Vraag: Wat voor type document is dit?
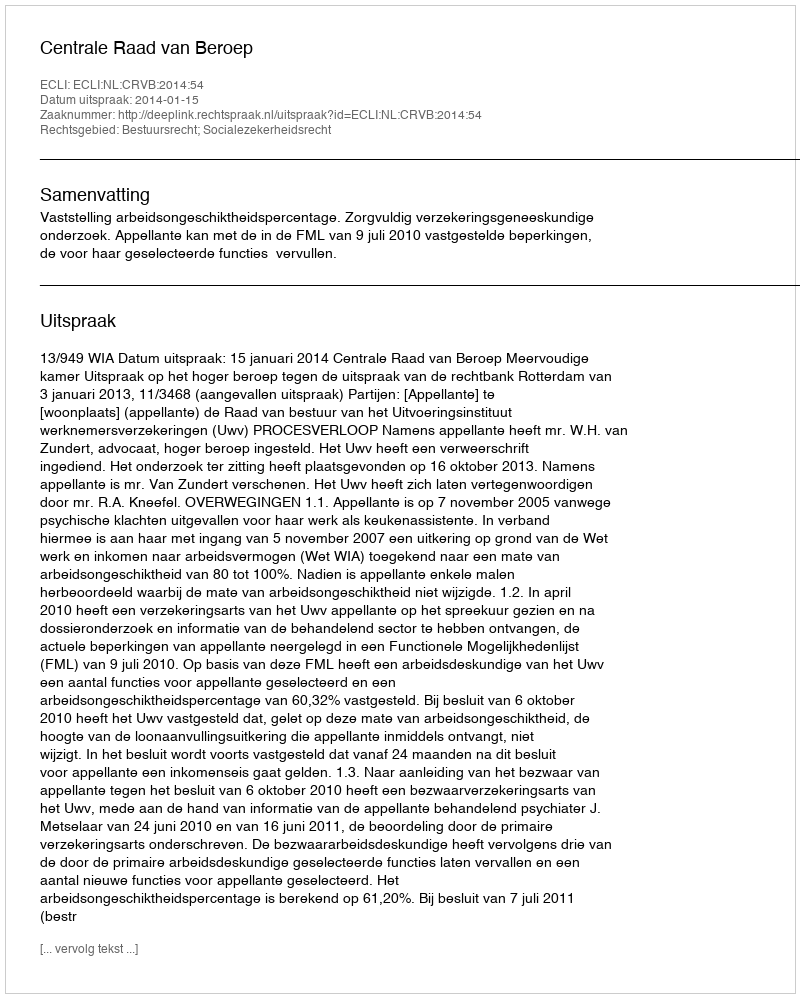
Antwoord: Uitspraak